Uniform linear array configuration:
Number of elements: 4
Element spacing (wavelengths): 0.5
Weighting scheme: uniform
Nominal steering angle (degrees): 45
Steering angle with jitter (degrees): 44.505
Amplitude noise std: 0.05
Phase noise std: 0.05

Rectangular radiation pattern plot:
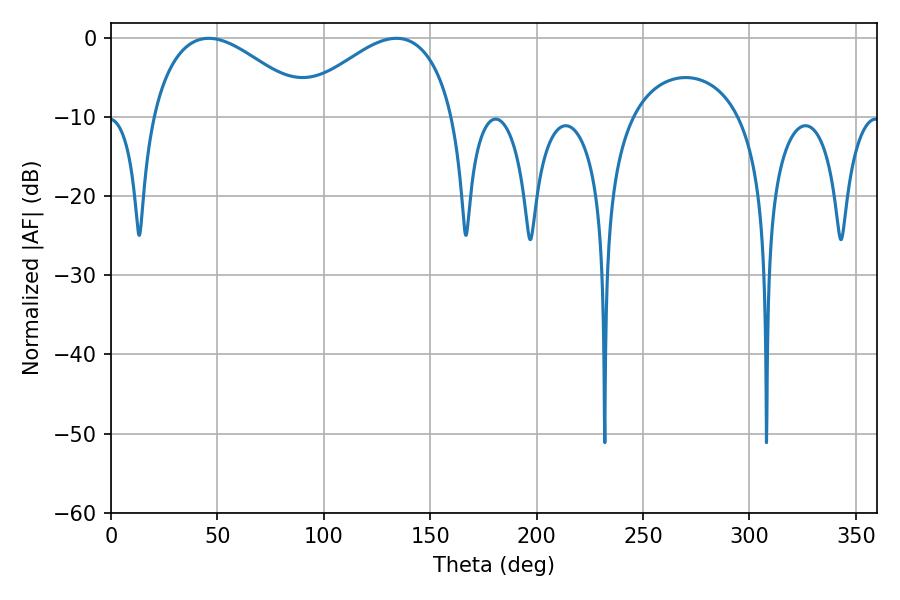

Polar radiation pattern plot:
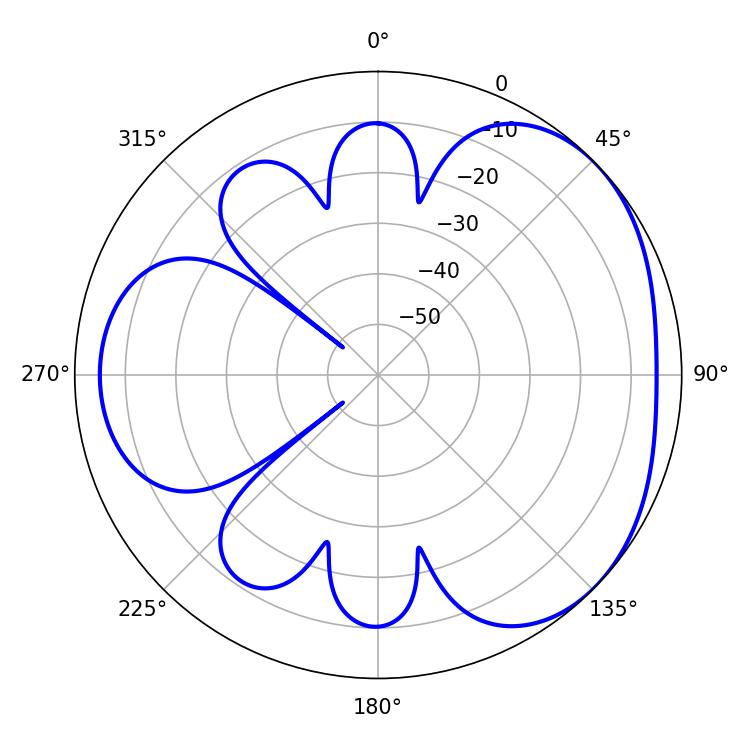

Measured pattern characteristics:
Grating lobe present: FALSE
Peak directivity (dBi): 3.438
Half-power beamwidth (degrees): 40.86
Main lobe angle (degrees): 45.9